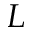
L